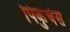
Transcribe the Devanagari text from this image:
पिकुंचेस